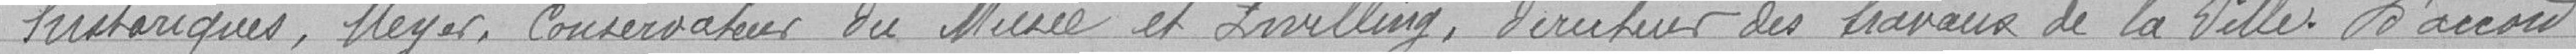
historiques, Meyer, conservateur du Musée et Irvilling, directeur des travaux de la Ville. D'accord